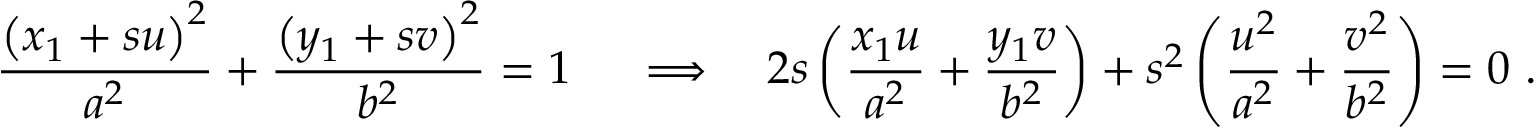
{ \frac { \left( x _ { 1 } + s u \right) ^ { 2 } } { a ^ { 2 } } } + { \frac { \left( y _ { 1 } + s v \right) ^ { 2 } } { b ^ { 2 } } } = 1 \ \quad \Longrightarrow \quad 2 s \left( { \frac { x _ { 1 } u } { a ^ { 2 } } } + { \frac { y _ { 1 } v } { b ^ { 2 } } } \right) + s ^ { 2 } \left( { \frac { u ^ { 2 } } { a ^ { 2 } } } + { \frac { v ^ { 2 } } { b ^ { 2 } } } \right) = 0 \ .